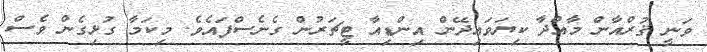
ވަނީ ޤުރްއާން މާއްދާ ކިޔަވައިދޭން އިންޑިއާ ޓީޗަރުން ގެނެސްފައެވެ. މިކަމާ ގުޅިގެން ވެސް